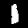
Label: 1